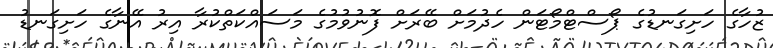
ޒުހާގެ ހަށިގަނޑުގެ ޕޯސްޓްމޯޓަން ހެދުމަށް ބޭރަށް ފޮނުވުމުގެ މަސައްކަތްކުރާ އިރު އޭނާގެ ހަށިގަނޑު